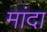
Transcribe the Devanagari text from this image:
मांदा